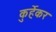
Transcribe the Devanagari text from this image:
कुर्हेकर